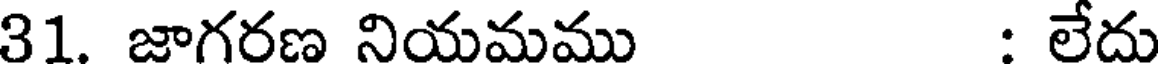
31. జాగరణ నియమము : లేదు